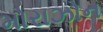
મોરાઝોન